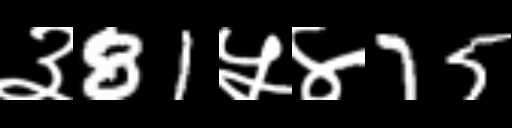
Text: ३81५४75